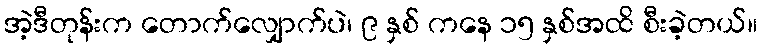
အဲ့ဒီတုန်းက တောက်လျှောက်ပဲ၊ ၉ နှစ် ကနေ ၁၅ နှစ်အထိ စီးခဲ့တယ်။